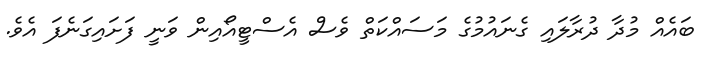
ބައެއް މުދާ ދުރާލައި ގެނައުމުގެ މަސައްކަތް ވެސް އެސްޓީއޯއިން ވަނީ ފަށައިގަނެފަ އެވެ.